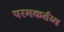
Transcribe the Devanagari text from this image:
परमकर्तव्य